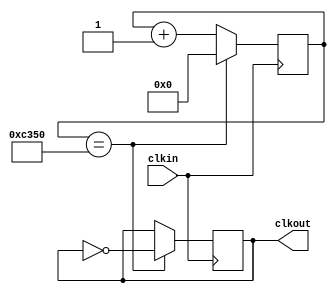
module ClockDivider(
    input clkin,
    output reg clkout
    );
    reg [24:0] count;
    
    initial begin
            count  = 0;
            clkout = 0;
     end
     
     always @(posedge clkin) begin
            if (count == 25'd50_000) begin
            //if (count == 25'd8) begin
                    count <= 0;
                    clkout <= ~clkout;
            end
            else begin
                count <= count + 1;
            end
     end
endmodule